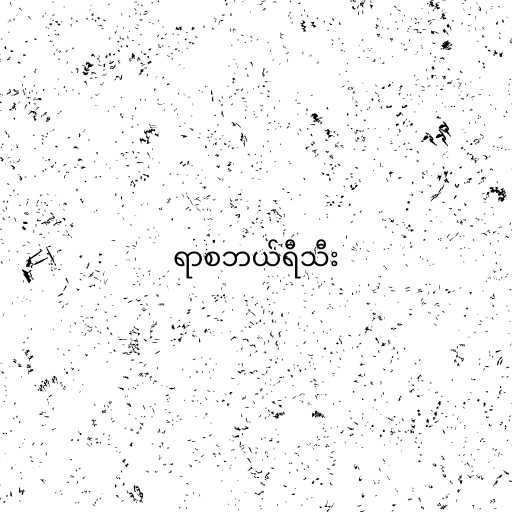
ရာစဘယ်ရီသီး